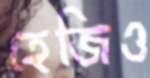
হেজিও